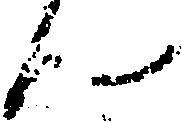
ん